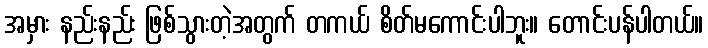
အမှား နည်းနည်း ဖြစ်သွားတဲ့အတွက် တကယ် စိတ်မကောင်းပါဘူး။ တောင်းပန်ပါတယ်။